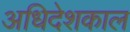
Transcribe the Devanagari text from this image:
अधिदेशकाल